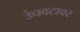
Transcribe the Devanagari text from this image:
उंचवटावर